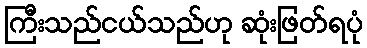
ကြီးသည်ငယ်သည်ဟု ဆုံးဖြတ်ရပုံ